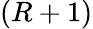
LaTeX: (R+1)